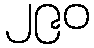
၂၉၀